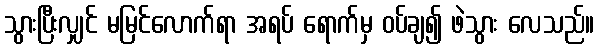
သွားပြီးလျှင် မမြင်လောက်ရာ အရပ် ရောက်မှ ဝပ်ချ၍ ဖဲသွား လေသည်။